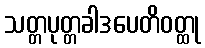
သတ္တပုတ္တခါဒပေတိဝတ္ထု